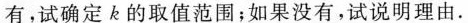
有，试确定的取值范围；如果没有，试说明理由.